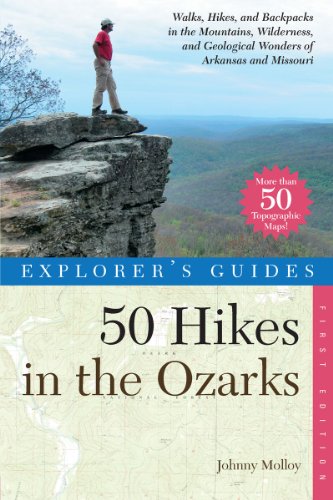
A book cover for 50 Hikes in the Ozarks: Walks, Hikes and Backpacks in the Mountains, Wildernesses and Geological Wonders of Arkansas and Missouri; Johnny Molloy; Travel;